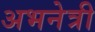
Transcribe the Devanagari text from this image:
अभनेत्री